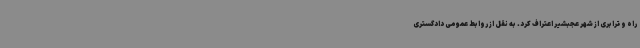
راه و ترابری از شهر عجبشیر اعتراف کرد. به نقل از روابط عمومی دادگستری